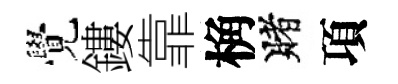
覺鏤靠桷賭項